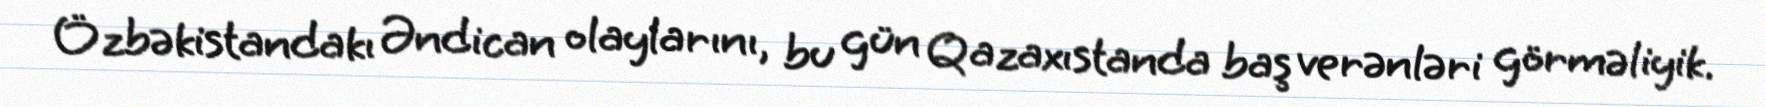
Özbəkistandakı Əndican olaylarını, bu gün Qazaxıstanda baş verənləri görməliyik.